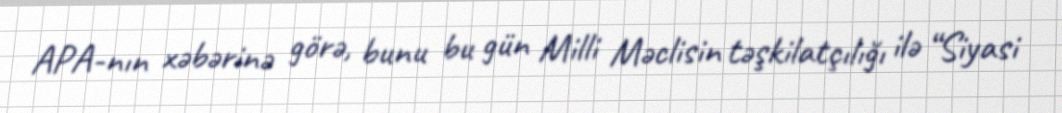
APA-nın xəbərinə görə, bunu bu gün Milli Məclisin təşkilatçılığı ilə “Siyasi